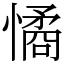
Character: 憰